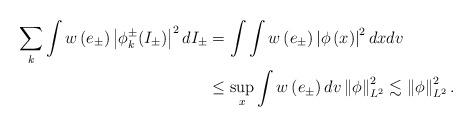
LaTeX: \begin{align*}\sum_{k}\int w\left( e_{\pm}\right) \left\vert \phi_{k}^{\pm}(I_{\pm})\right\vert ^{2}dI_{\pm} & =\int\int w\left( e_{\pm}\right) \left\vert\phi\left( x\right) \right\vert ^{2}dxdv\\& \leq\sup_{x}\int w\left( e_{\pm}\right) dv\left\Vert \phi\right\Vert_{L^{2}}^{2}\lesssim\left\Vert \phi\right\Vert _{L^{2}}^{2}.\end{align*}